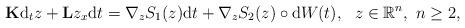
LaTeX: \begin{align*}{\rm {\bf K}}{\rm d}_tz+{\rm {\bf L}}z_{x}{\rm d}t=\nabla_z S_1(z){\rm d}t+\nabla_z S_2(z)\circ{\rm d}W(t),~~z\in\mathbb{R}^n,~n\geq2,\end{align*}